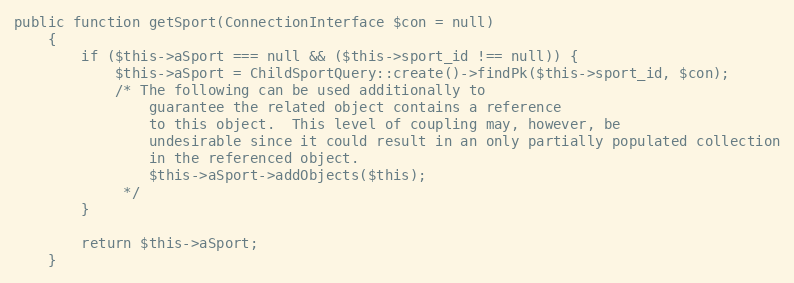
Language: PHP
public function getSport(ConnectionInterface $con = null)
    {
        if ($this->aSport === null && ($this->sport_id !== null)) {
            $this->aSport = ChildSportQuery::create()->findPk($this->sport_id, $con);
            /* The following can be used additionally to
                guarantee the related object contains a reference
                to this object.  This level of coupling may, however, be
                undesirable since it could result in an only partially populated collection
                in the referenced object.
                $this->aSport->addObjects($this);
             */
        }

        return $this->aSport;
    }